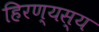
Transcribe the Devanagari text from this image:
हिरण्यस्य